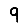
Digit: 9